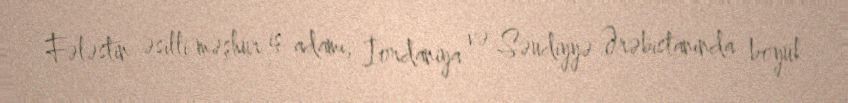
Fələstin əsilli məşhur iş adamı, İordaniya və Səudiyyə Ərəbistanında böyük